NAE_ERA_R-1018_Narva_Linna_TSN_Taitevkomitee, lk 8
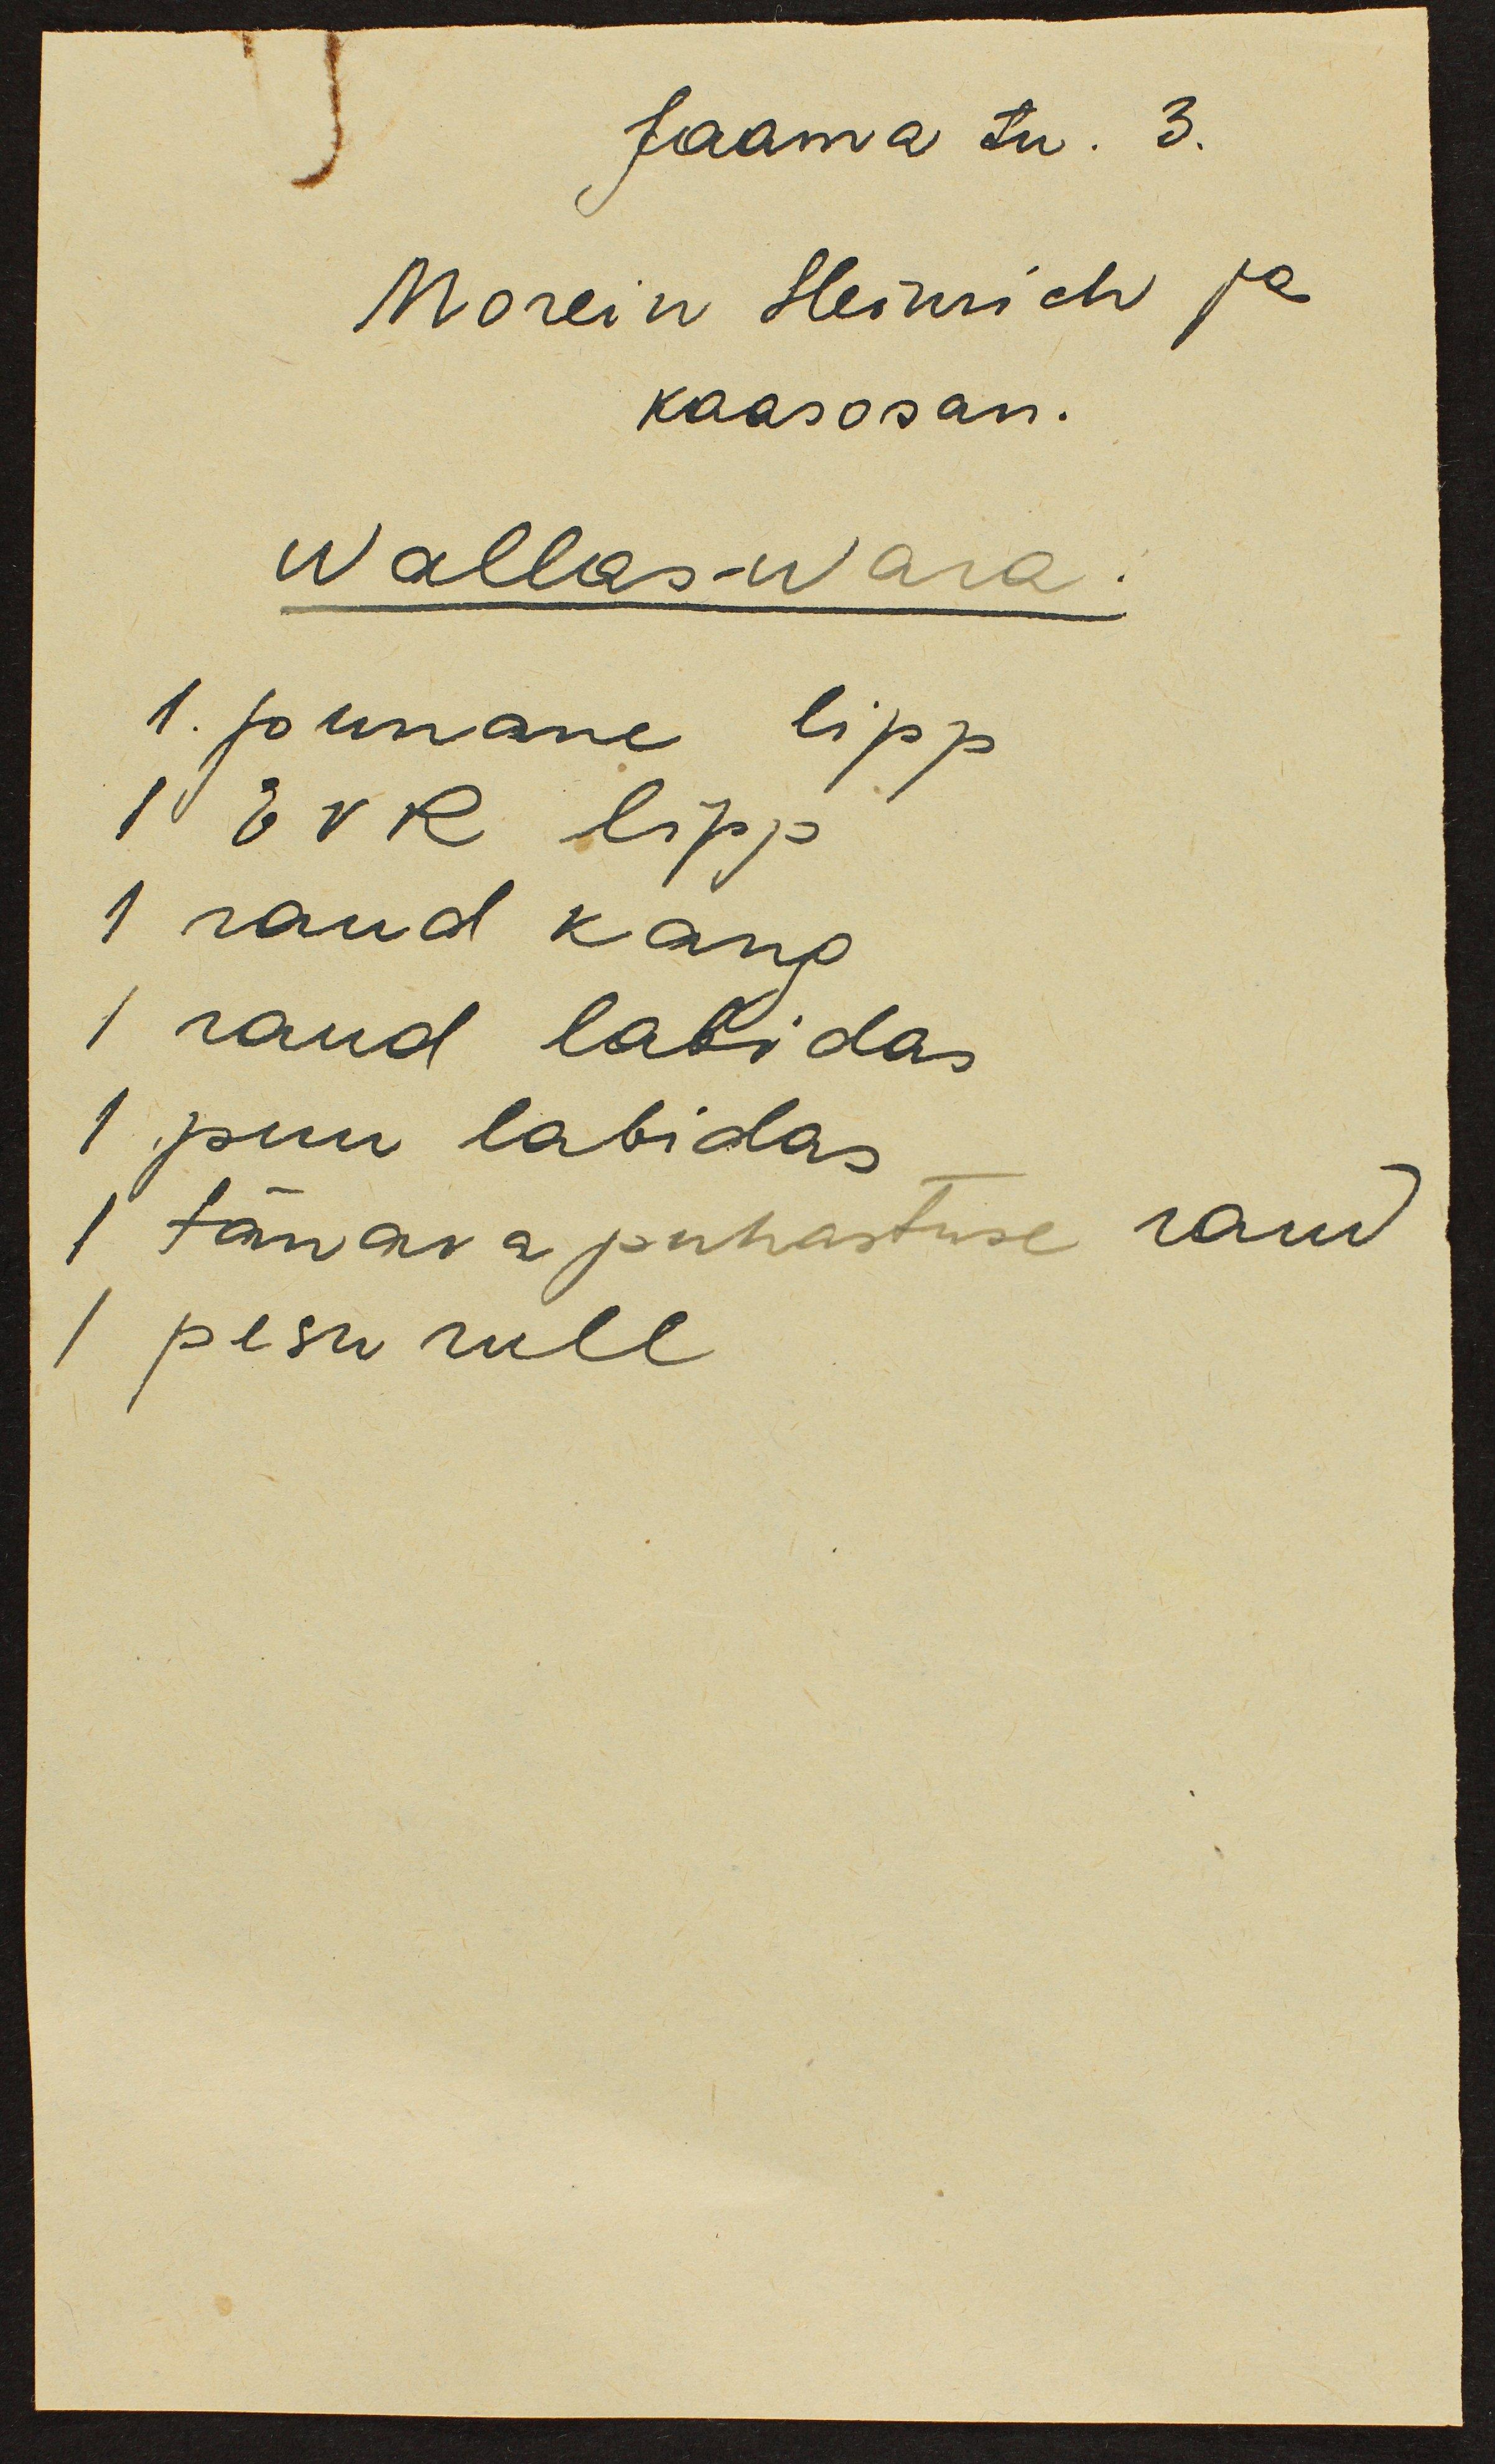
Jaama tn. 3.
Morein Heinrich ja
kaasosan.
Wallas-wara.
1. punane lipp
1 EVR lipp
1 raud kang
1 raud labidas
1 puu labidas
1 tänava puhastuse raud
pesu rull